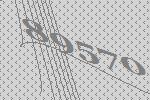
89570